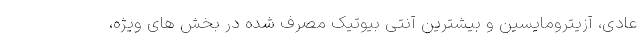
عادی، آزیترومایسین و بیشترین آنتی بیوتیک مصرف شده در بخش های ویژه،